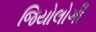
જિયોલોગી